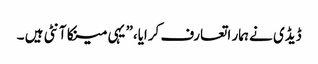
ڈیڈی نے ہمار اتعارف کرایا،” یہی مینکا آنٹی ہیں ۔